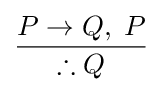
{\frac {P\to Q,\;P}{\therefore Q}}